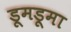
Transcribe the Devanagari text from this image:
डूमडूमा